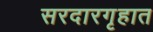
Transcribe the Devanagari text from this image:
सरदारगृहात